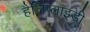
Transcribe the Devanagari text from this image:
हैलिप्लाइडी